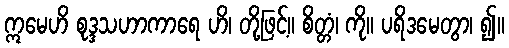
ဣမေဟိ စုဒ္ဒသဟာကာရေ ဟိ၊ တို့ဖြင့်။ စိတ္တံ၊ ကို။ ပရိဒမေတွာ၊ ၍။